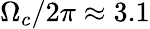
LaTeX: \Omega_{c}/2\pi\approx 3.1